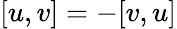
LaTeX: [u,v]=-[v,u]